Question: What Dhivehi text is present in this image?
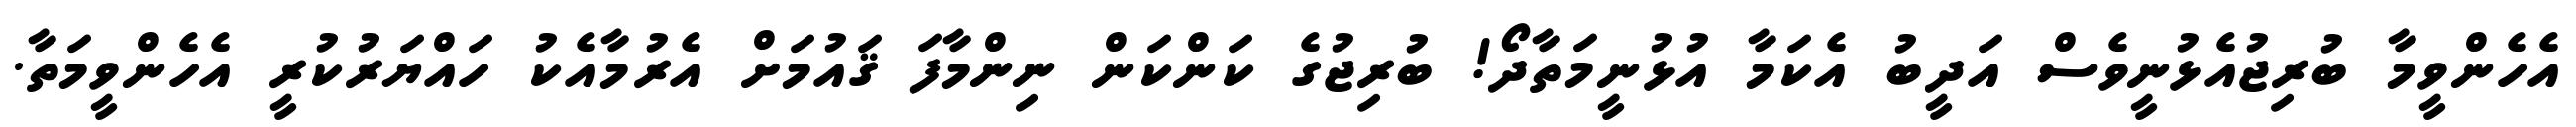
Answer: އެހެންވީމާ ބުރިޖުއެޅުނީވެސް އަދީބު އެކަމާ އުޅުނީމަތާދޯ! ބުރިޖުގެ ކަންކަން ނިންމާފަ ޤައުމަށް އެރުމާއެކު ހައްޔަރުކުރީ އެހެންވީމަތާ.